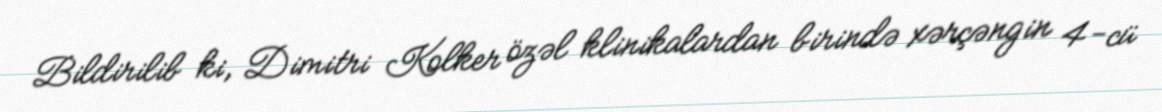
Bildirilib ki, Dimitri Kolker özəl klinikalardan birində xərçəngin 4-cü